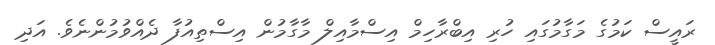
ރައީސް ކަމުގެ މަގާމުގައި ހުރި އިބްރާހިމް އިސްމާއިލް މާގާމުން އިސްތިއުފާ ދެއްވުމުންނެވެ. އަދި